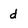
Character: d